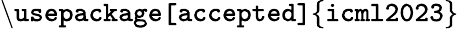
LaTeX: \mathtt{\backslash usepackage[accepted]\{ icml2023\} }